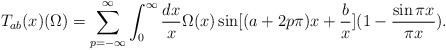
\begin{align*}T_{ab}(x)(\Omega) = \sum^{\infty}_{p=-\infty} \int^{\infty}_{0} {dx \over x} \Omega(x)\sin [(a+2p \pi)x + {b \over x}] (1 - {\sin \pi x \over \pi x}).\end{align*}